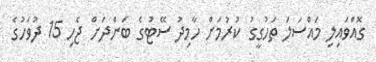
ގޮއްވައިލި މައްސަލަ ތަހުގީގު ކުރުމަށް ހާމިދު ސޭޓުގެ ބަންދަށް ޖެހި 15 ދުވަހުގެ